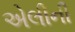
એલીની